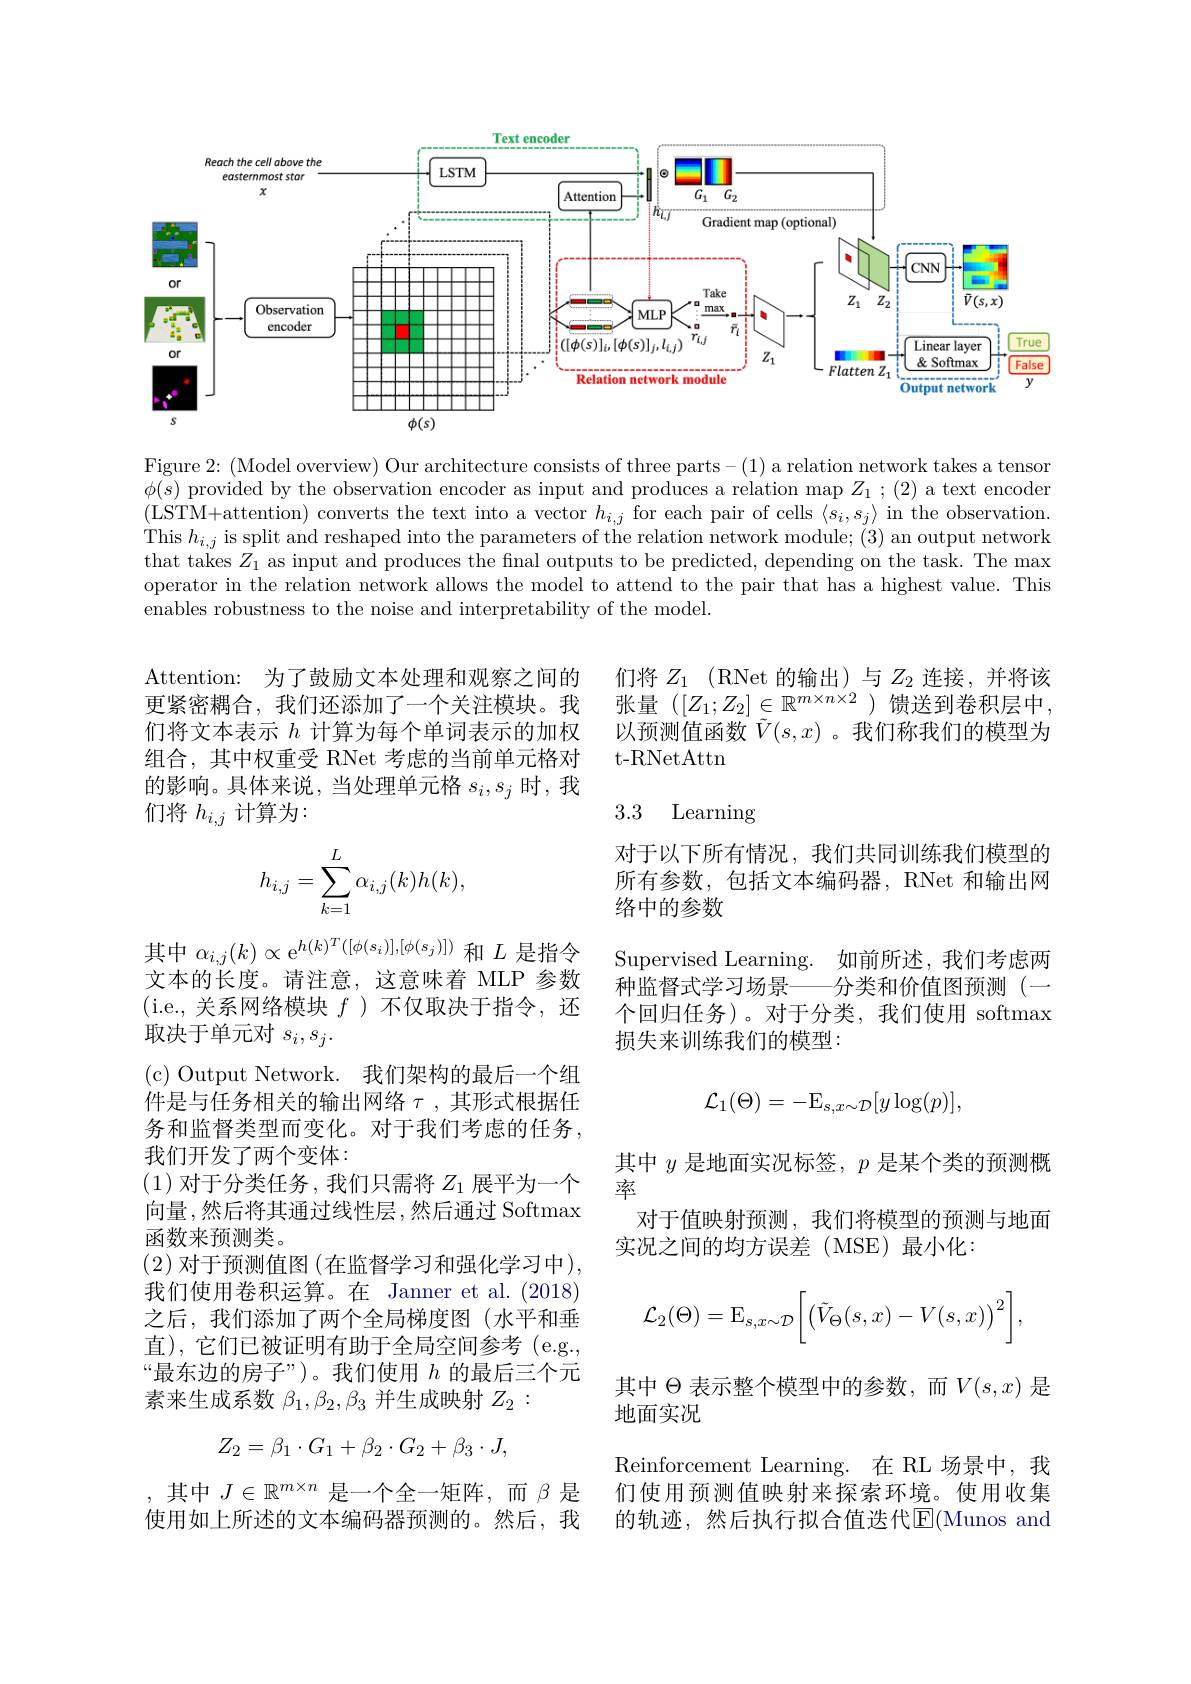
<FigureHere>

Figure 2: (Model overview) Our architecture consists of three parts-(1) a relation network takes a tensor $\phi(s)$ provided by the observation encoder as input and produces a relation map $Z_1;(2)$ a text encoder (LSTM+attention) converts the text into a vector $h_i,j$ for each pair of cells $\langle s_i,s_j\rangle$ in the observation. This $h_i,j$ is split and re that takes $Z_1$ as input and produces the final outputs to be predicted, depending on the task. The max operator in the relation net enables robustness to the noise and interpretability of the model.

们将$Z_1$ (RNet 的输出)与$Z_2$连张量($[Z_1;Z_2]\in\mathbb{R}^{m\times n\times2}$) 以预测值函数$\tilde{V}(s,x)$ 。我们称我们的模型为t-RNetAttn

Attention: 为了鼓励文本处理和观察之间的更紧密耦合，我们还添加了一个关注模块。我们将文本表示$h$计算为每个单词表示的加权组合，其中权重受 RNet 考虑的当前单元格对的影响。具体来说，当处理单元格$s_i,s_j$时， 们将$h_{i,j}$计算为：

## 3.3 Learning
$$h_{i,j}=\sum\limits_{k=1}^{L}\alpha_{i,j}(k)h(k),$$
对于以下所有情况，我们共同训练我们模型的所有参数，包括文本编码器，RNet 和输出网络中的参数
Supervised Learning. 如前所述，我们
种监督式学习场景
个回归任务)。对于分类，我们使用 softmax
损失来训练我们的模型：
$$\mathcal{L}_{1}(\Theta)=-\mathrm{E}_{s,x\sim\mathcal{D}}[y\log(p)],$$
其中$\alpha_{i,j}(k)\propto\mathrm{e}^{h(k)^T([\phi(s_i)],[\phi(s_j)])}$和$L$是指令文本的长度。请注意，这意味着 MLP 参数(i.e.,关系网络模块$f$ )不仅取决于指令，还取决于单元对$s_i,s_j.$
(c) Output Network. 我们架构的最后一个组件是与任务相关的输出网络$\tau$,其形式根据任务和监督类型而变化。对于我们考虑的任务我们开发了两个变体：
(1)对于分类任务 , 我们只需将$Z_1$展向量 ,然后将其通过线性层 ,然后通过 Softmax 函数来预测类。
(2) 对于预测值图 (在监督学习和强化学习中) 我们使用卷积运算。在 Janner et al.(201之后，我们添加了两个全局梯度图(水平和垂直),它们已被证明有助于全局空间参考(e.g., “最东边的房子”)。我们使用$h$的最后三个元素来生成系数$\beta_1,\beta_2,\beta_3$并生成映射
$$Z_2=\beta_1\cdot G_1+\beta_2\cdot G_2+\beta_3\cdot J,$$
其中$y$是地面实况标签，$p$是某个类的预测概
率
对于值映射预测，我们将模型的预测与地面
实况之间的均方误差(MSE)最小化：
$$\mathcal{L}_2(\Theta)=\operatorname{E}_{s,x\sim\mathcal{D}}\bigg[\big(\tilde{V}_\Theta(s,x)-V(s,x)\big)^2\bigg],$$
其中$\Theta$表示整个模型中的参数，而$V(s,x)$
地面实况
Reinforcement Learning. 在 RL 们使用预测值映射来探索环境。使用收集的轨迹，然后执行拟合值迭代$\overline{\mathrm{E}}($Munos and

,其中$J\in\mathbb{R}^{m\times n}$是一个全一矩阵，而使用如上所述的文本编码器预测的。然后，我